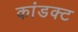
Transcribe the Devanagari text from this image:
कांडक्ट